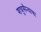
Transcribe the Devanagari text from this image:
शत्रुसैन्याचा